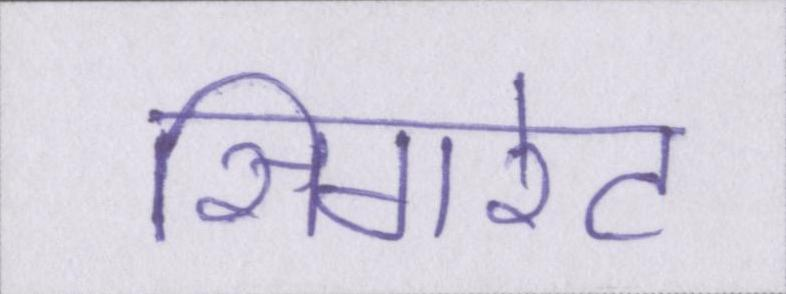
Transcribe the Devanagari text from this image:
सिगरेट